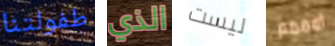
طفولتنا الذي ليست امممم